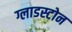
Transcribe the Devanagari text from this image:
ग्लाडस्टोन